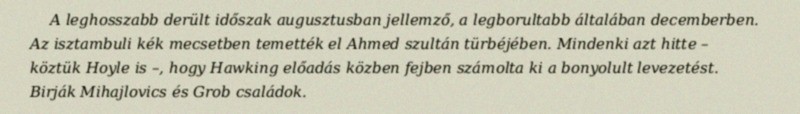
A leghosszabb derült időszak augusztusban jellemző, a legborultabb általában decemberben. Az isztambuli kék mecsetben temették el Ahmed szultán türbéjében. Mindenki azt hitte – köztük Hoyle is –, hogy Hawking előadás közben fejben számolta ki a bonyolult levezetést. Birják Mihajlovics és Grob családok.